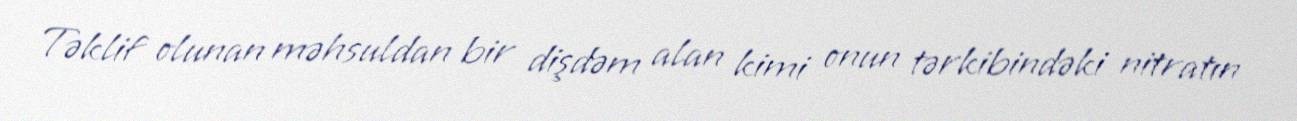
Təklif olunan məhsuldan bir dişdəm alan kimi onun tərkibindəki nitratın